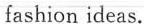
fashion ideas.